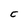
Character: C